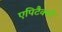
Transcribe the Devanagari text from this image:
एपिटैक्सी